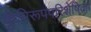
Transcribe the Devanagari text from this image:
कृमिरूपपरिशेषिका